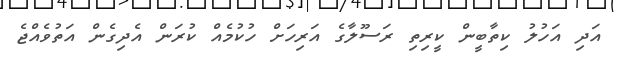
އަދި އަހުލު ކިތާބީން ކީރިތި ރަސޫލާގެ އަރިހަށް ހުކުމެއް ކުރަން އެދިގެން އަތުވެއްޖެ